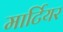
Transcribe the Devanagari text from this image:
मार्टियर